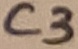
Text: C3